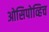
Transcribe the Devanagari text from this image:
ओसिपोव्हिच